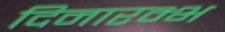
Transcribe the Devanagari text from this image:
दिनारम्भ